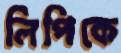
লিপিকে